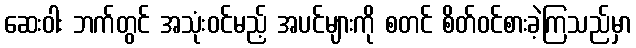
ဆေးဝါး ဘက်တွင် အသုံးဝင်မည့် အပင်များကို စတင် စိတ်ဝင်စားခဲ့ကြသည်မှာ